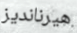
هيرنانديز